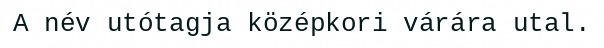
A név utótagja középkori várára utal.